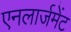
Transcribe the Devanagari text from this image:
एनलार्जमेंट